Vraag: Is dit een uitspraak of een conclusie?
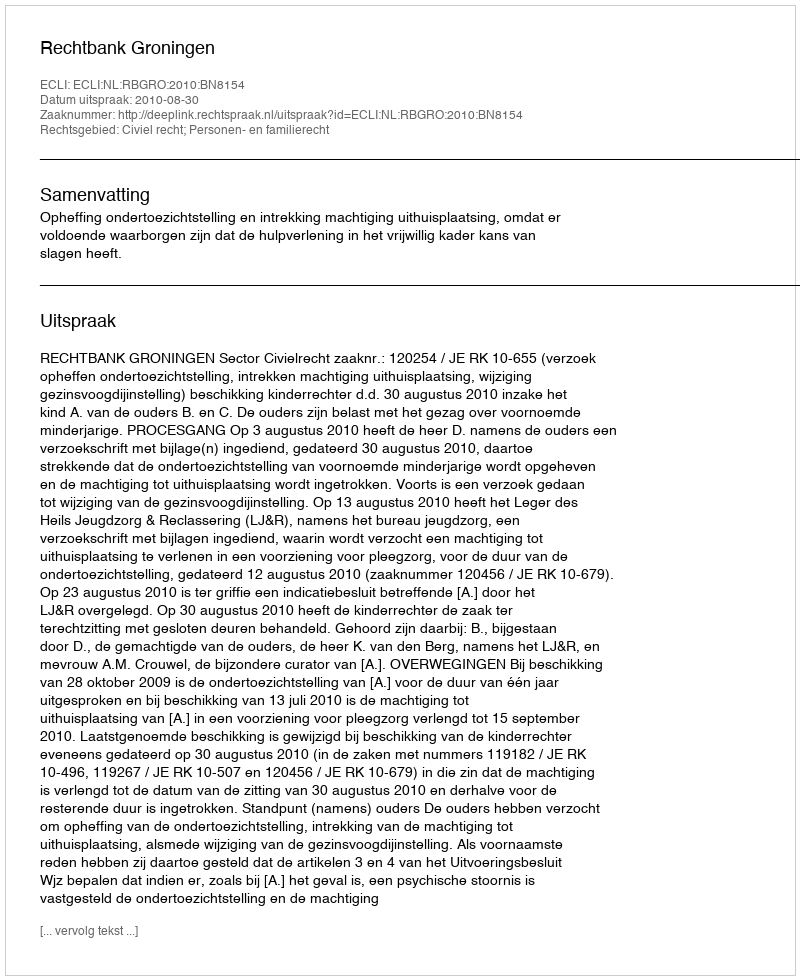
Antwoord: Uitspraak